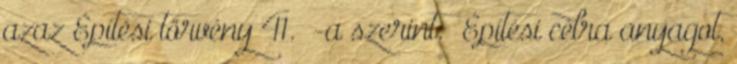
azaz Építési törvény 41. §-a szerint: „Építési célra anyagot,